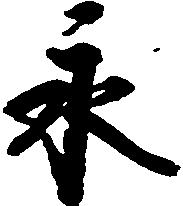
永